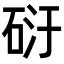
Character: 𥒀